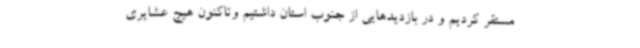
مستقر کردیم و در بازدیدهایی از جنوب استان داشتیم وتاکنون هیچ عشایری